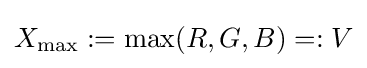
X_{\text{max}}:=\max(R,G,B)=:V